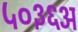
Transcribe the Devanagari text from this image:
५०३६अ